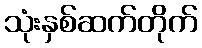
သုံးနှစ်ဆက်တိုက်